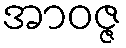
အာဝဇ္ဇ